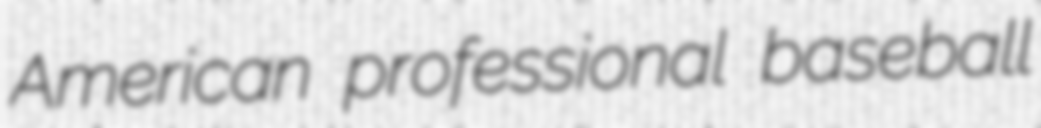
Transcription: American professional baseball